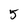
Character: 5